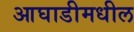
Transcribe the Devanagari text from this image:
आघाडीमधील